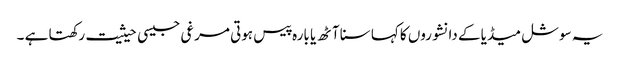
یہ سوشل میڈیا کے دانشوروں کا کہا سنا آٹھ یا بارہ پیس ہوتی مرغی جیسی حیثیت رکھتا ہے ۔